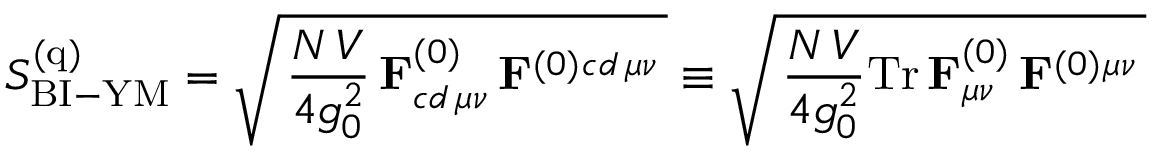
S _ { \mathrm { B I - Y M } } ^ { ( \mathrm { q } ) } = \sqrt { \, { \frac { N \, V } { 4 g _ { 0 } ^ { 2 } } } \, \mathbf { F } _ { c d \, \mu \nu } ^ { ( 0 ) } \, \mathbf { F } ^ { ( 0 ) } { } ^ { c d \, \mu \nu } \, } \equiv \sqrt { \, { \frac { N \, V } { 4 g _ { 0 } ^ { 2 } } } \mathrm { T r } \, \mathbf { F } _ { \mu \nu } ^ { ( 0 ) } \, \mathbf { F } ^ { ( 0 ) } { } ^ { \mu \nu } \, }